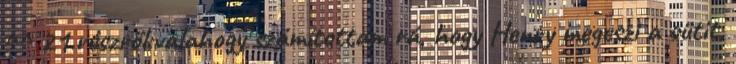
^^ 21.részről:valahogy számítottam rá, hogy Henry megeszi a sütit,